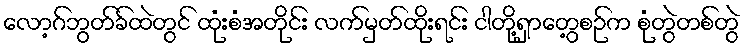
လော့ဂ်ဘွတ်ခ်ထဲတွင် ထုံးစံအတိုင်း လက်မှတ်ထိုးရင်း ငါတို့ရှာတွေ့စဉ်က စုံတွဲတစ်တွဲ